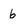
Character: 6